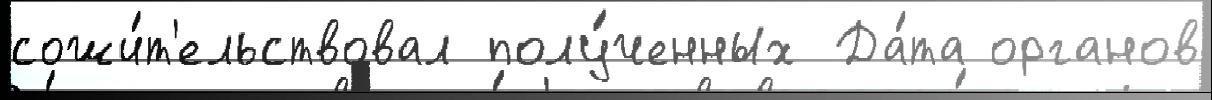
сожи́т'ельствовал полу́ченных Да́та органов